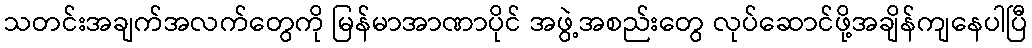
သတင်းအချက်အလက်တွေကို မြန်မာအာဏာပိုင် အဖွဲ့အစည်းတွေ လုပ်ဆောင်ဖို့အချိန်ကျနေပါပြီ